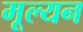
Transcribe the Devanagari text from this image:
मूल्‍यन